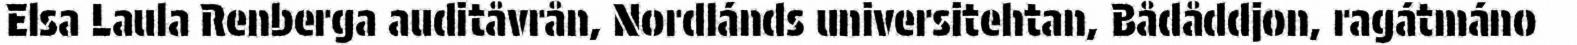
Elsa Laula Renberga auditåvrån, Nordlánds universitehtan, Bådåddjon, ragátmáno